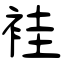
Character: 袿